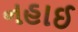
નહાઈ